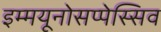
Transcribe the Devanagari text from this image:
इम्मयूनोसप्पेस्सिव